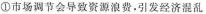
①市场调节会导致资源浪费，引发经济混乱